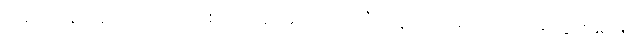
သည်လိုနဲ့ နောက်တော့ တစတစ ခင်မင်လာကြပြီး သူတို့အိမ်သားလို ဖြစ်သွားရော။